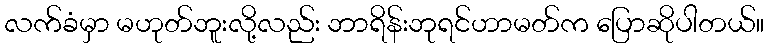
လက်ခံမှာ မဟုတ်ဘူးလို့လည်း ဘာရိန်းဘုရင်ဟာမတ်က ပြောဆိုပါတယ်။